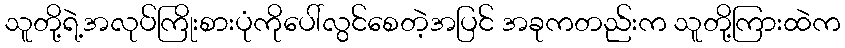
သူတို့ရဲ့အလုပ်ကြိုးစားပုံကိုပေါ်လွင်စေတဲ့အပြင် အခုကတည်းက သူတို့ကြားထဲက